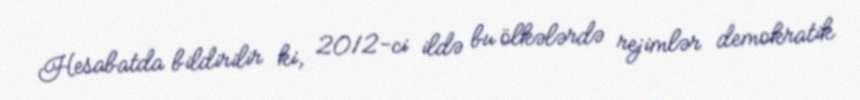
Hesabatda bildirilir ki, 2012-ci ildə bu ölkələrdə rejimlər demokratik